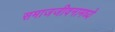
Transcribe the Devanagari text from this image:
समाजजीवनामध्ये